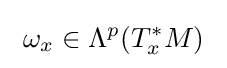
\ \omega _{x}\in \Lambda ^{p}(T_{x}^{\ast }M)\